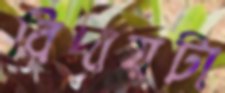
বিদায়টা